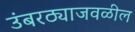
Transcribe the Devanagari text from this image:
उंबरठ्याजवळील